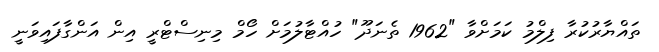
ތައްޔާރުކުރާ ފިލްމު ކަމަށްވާ "1962 ތެނަދޫ" ހުއްޓާލުމަށް ހޯމް މިނިސްޓްރީ އިން އަންގާފައިވަނީ